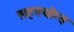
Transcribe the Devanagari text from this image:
सहनयोग्य